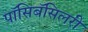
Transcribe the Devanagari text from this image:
पॉसिबॅसिलरी